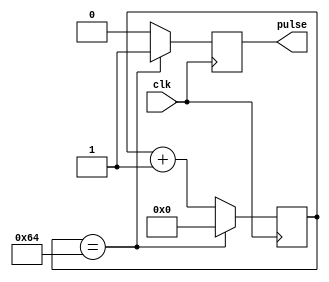
module Timing_control_block (
    input wire clk,
    output reg pulse
);

parameter COUNT_MAX = 100; // Predefined value for the counter

reg [7:0] counter; // 8-bit counter

always @(posedge clk) begin
    if (counter == COUNT_MAX) begin
        counter <= 0;
        pulse <= 1;
    end else begin
        counter <= counter + 1;
        pulse <= 0;
    end
end

endmodule